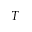
\boldsymbol { T }